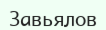
Завьялов